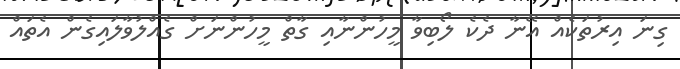
ގިނަ އިރުތަކެއް އޭނާ ދެކެ ލޯބިވާ މީހުންނާއި ގާތް މީހުންނަށް ގެއްލުވާލައިގެން އެތައް